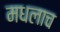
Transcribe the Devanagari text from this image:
मधलाच